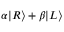
\alpha | R \rangle + \beta | L \rangle